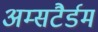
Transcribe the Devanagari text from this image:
अम्सटैर्डम